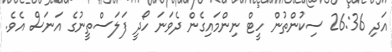
އަދި 26:36 ސިކުންތުން ހީޓް ނިންމައިގެން ދެވަނަ ހޯދީ ފަލަސްތީނުގެ އަނަސް އެވެ.